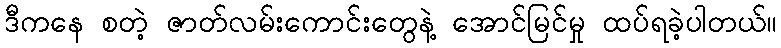
ဒီကနေ စတဲ့ ဇာတ်လမ်းကောင်းတွေနဲ့ အောင်မြင်မှု ထပ်ရခဲ့ပါတယ်။